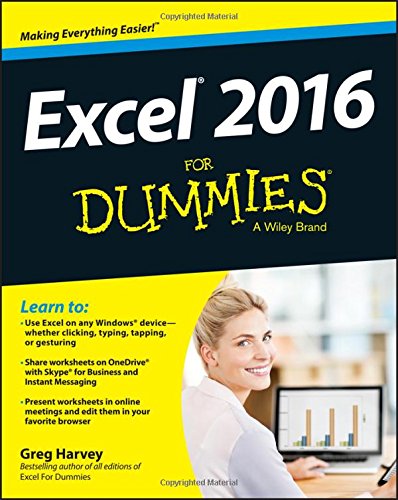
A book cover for Excel 2016 For Dummies (Excel for Dummies); Greg Harvey; Computers & Technology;